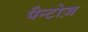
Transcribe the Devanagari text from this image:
पैन्टोज़